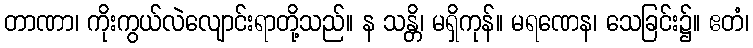
တာဏာ၊ ကိုးကွယ်လဲလျောင်းရာတို့သည်။ န သန္တိ၊ မရှိကုန်။ မရဏေန၊ သေခြင်း၌။ ဧတံ၊